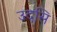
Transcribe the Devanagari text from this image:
उदसि